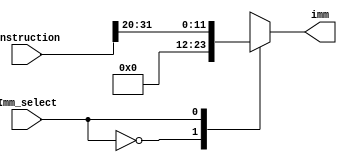
module IMM_Mux(Imm_select, instruction, imm);

input Imm_select;
input [31:0] instruction;

output reg[11:0] imm;

always@(*) begin
case(Imm_select)
2'b00://R-type
begin 
imm=11'b0;
end
2'b01://I-type
begin 
imm=instruction[31:20];
end
2'b10://Branch
begin 
imm[11]=instruction[31];
imm[10:5]=instruction[30:25];
imm[4:1]=instruction[11:8];
imm[0]=instruction[7];
end
2'b11://S-Type
begin
imm[11:5]=instruction[31:25];
imm[4:0] =instruction[11:7];
end


endcase
end

endmodule